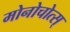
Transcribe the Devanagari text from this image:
मोनोचोत्स्